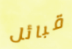
قبائل